NASA-UAP-D2, Apollo 17 Transcript, 1972
Agency: NASA
Incident date: 1972
Incident location: Moon
Page 13
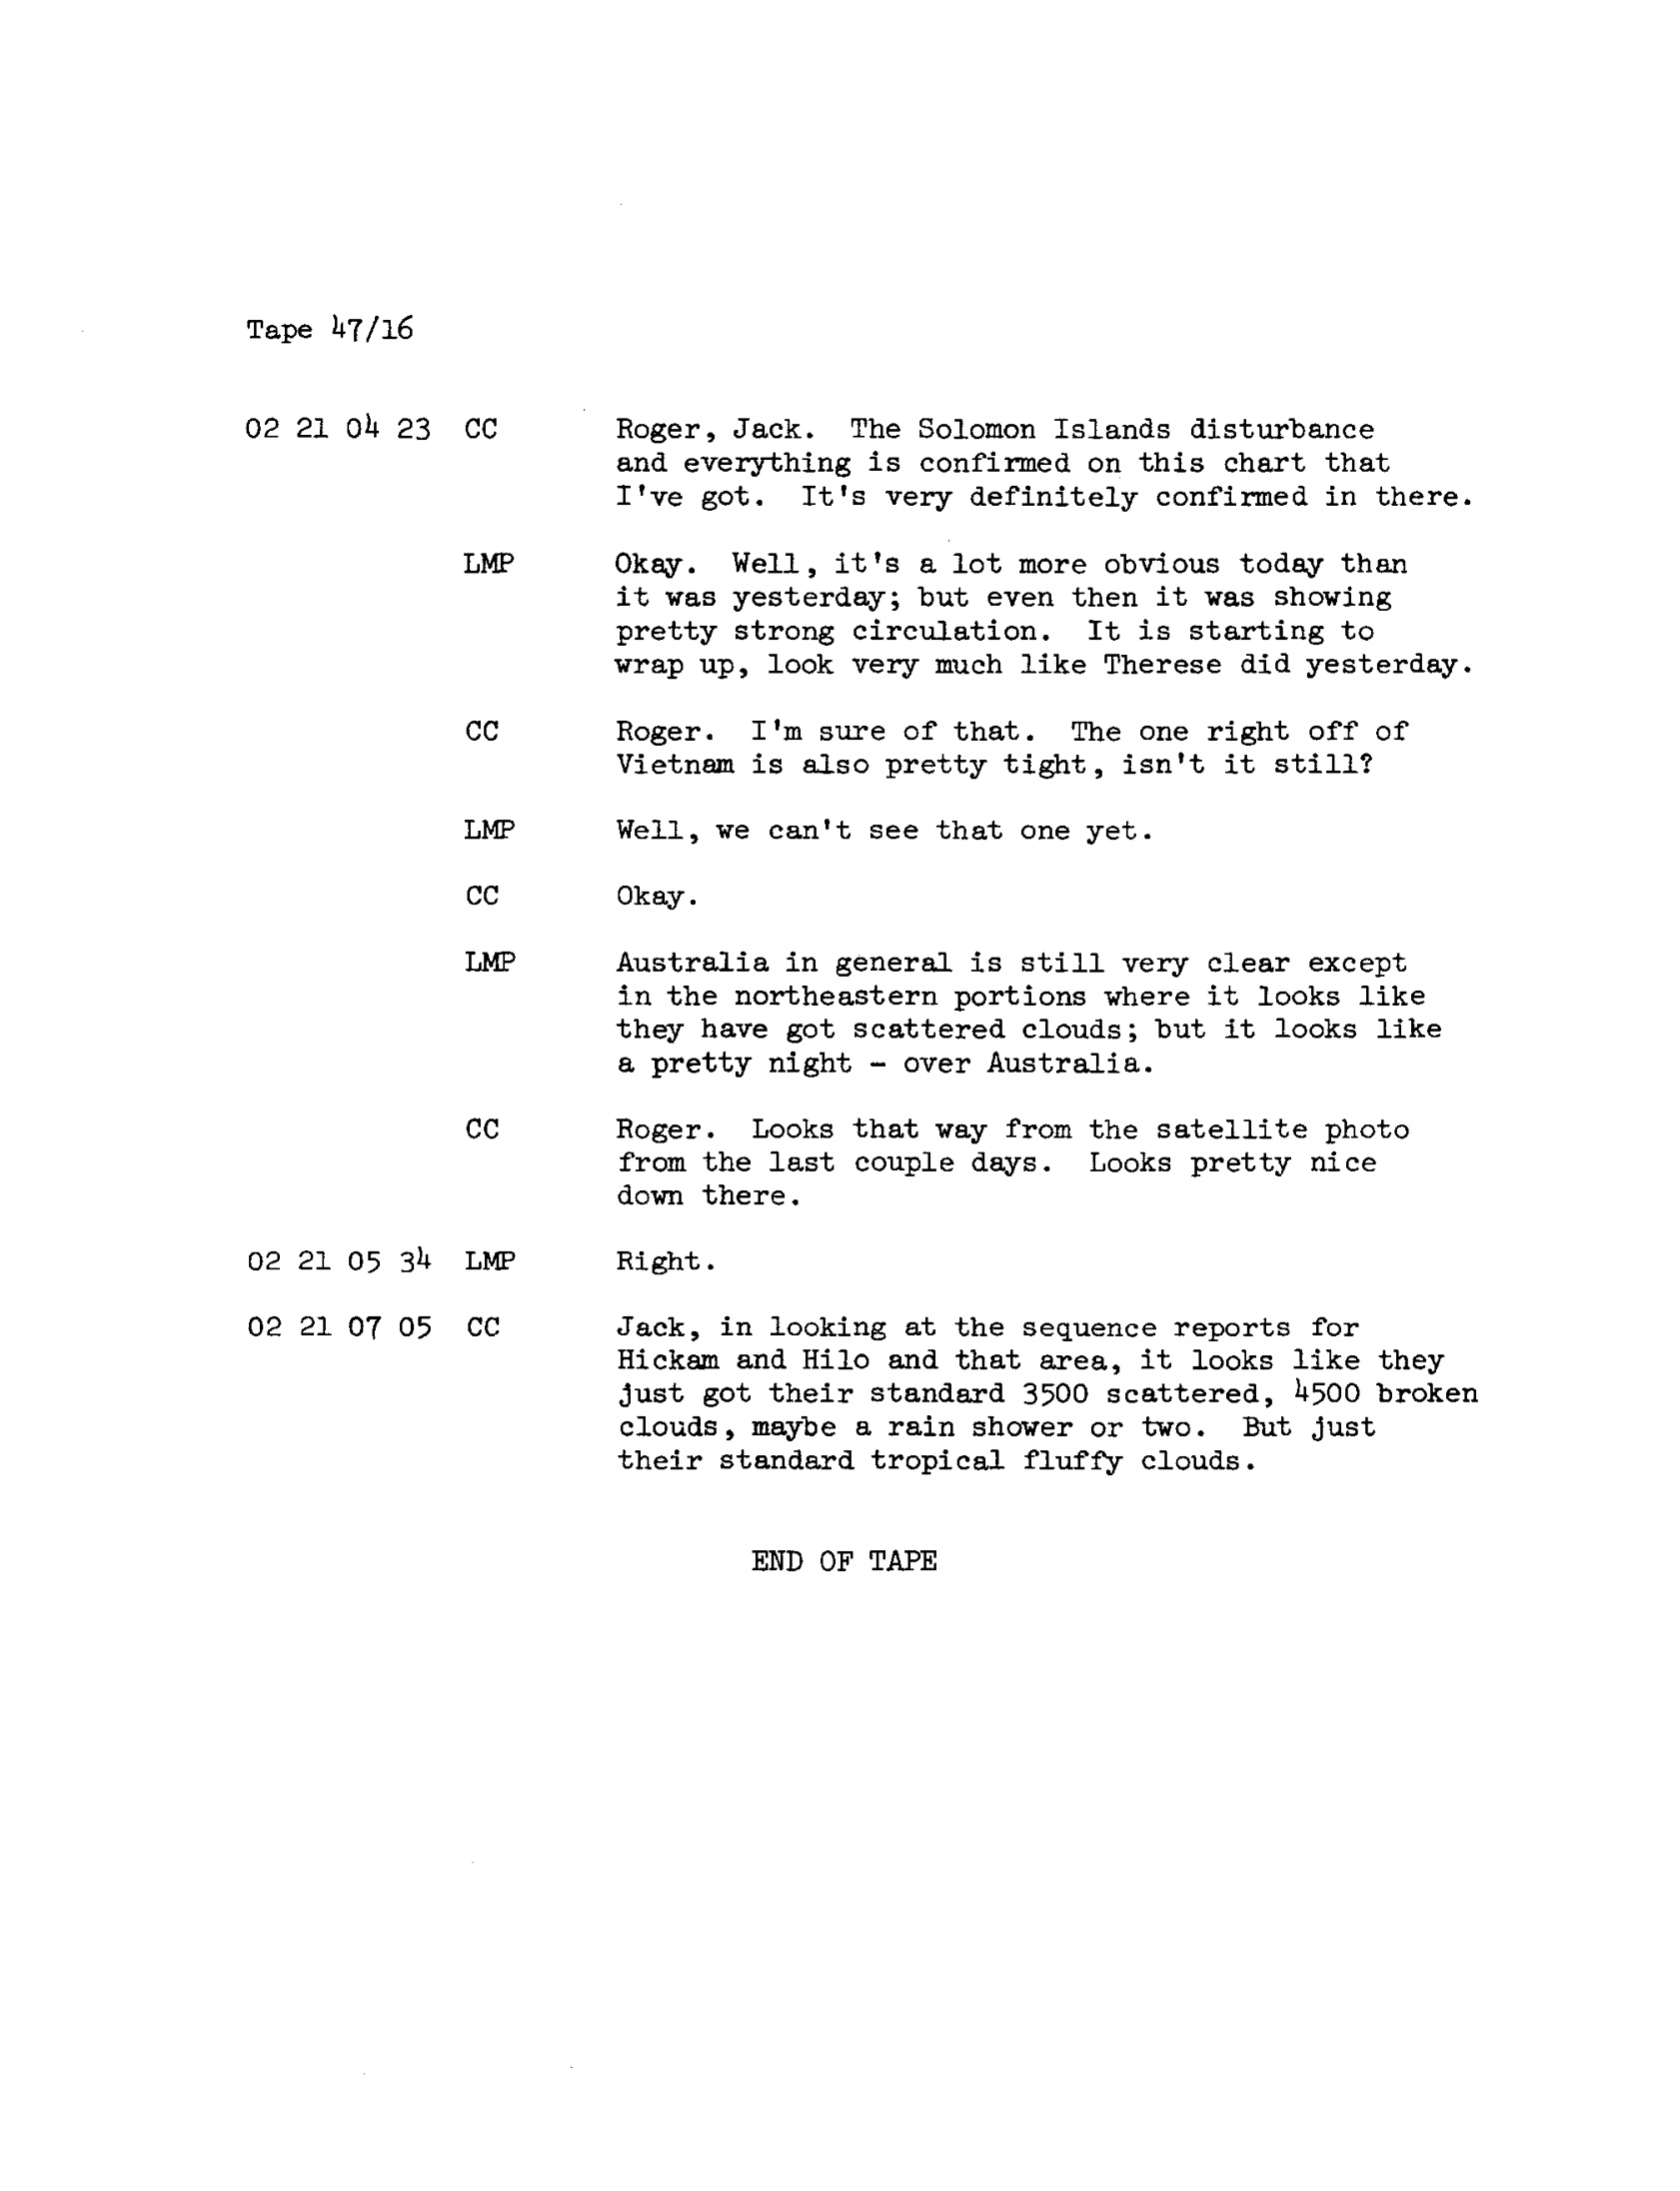